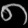
Digit: ၈